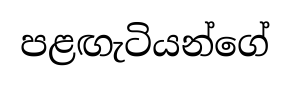
පළඟැටියන්ගේ